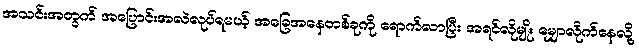
အသင်းအတွက် အပြောင်းအလဲလုပ်ရမယ့် အခြေအနေတစ်ခုကို ရောက်လာပြီး အရင်လိုမျိုး မျှောလိုက်နေလို့